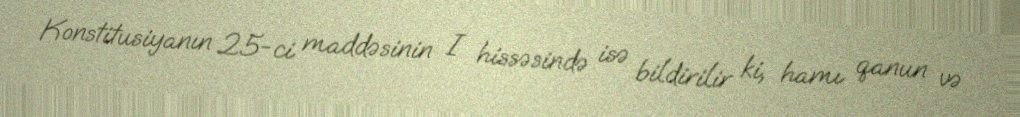
Konstitusiyanın 25-ci maddəsinin I hissəsində isə bildirilir ki, hamı qanun və